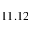
1 1 . 1 2